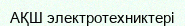
АҚШ электротехниктері